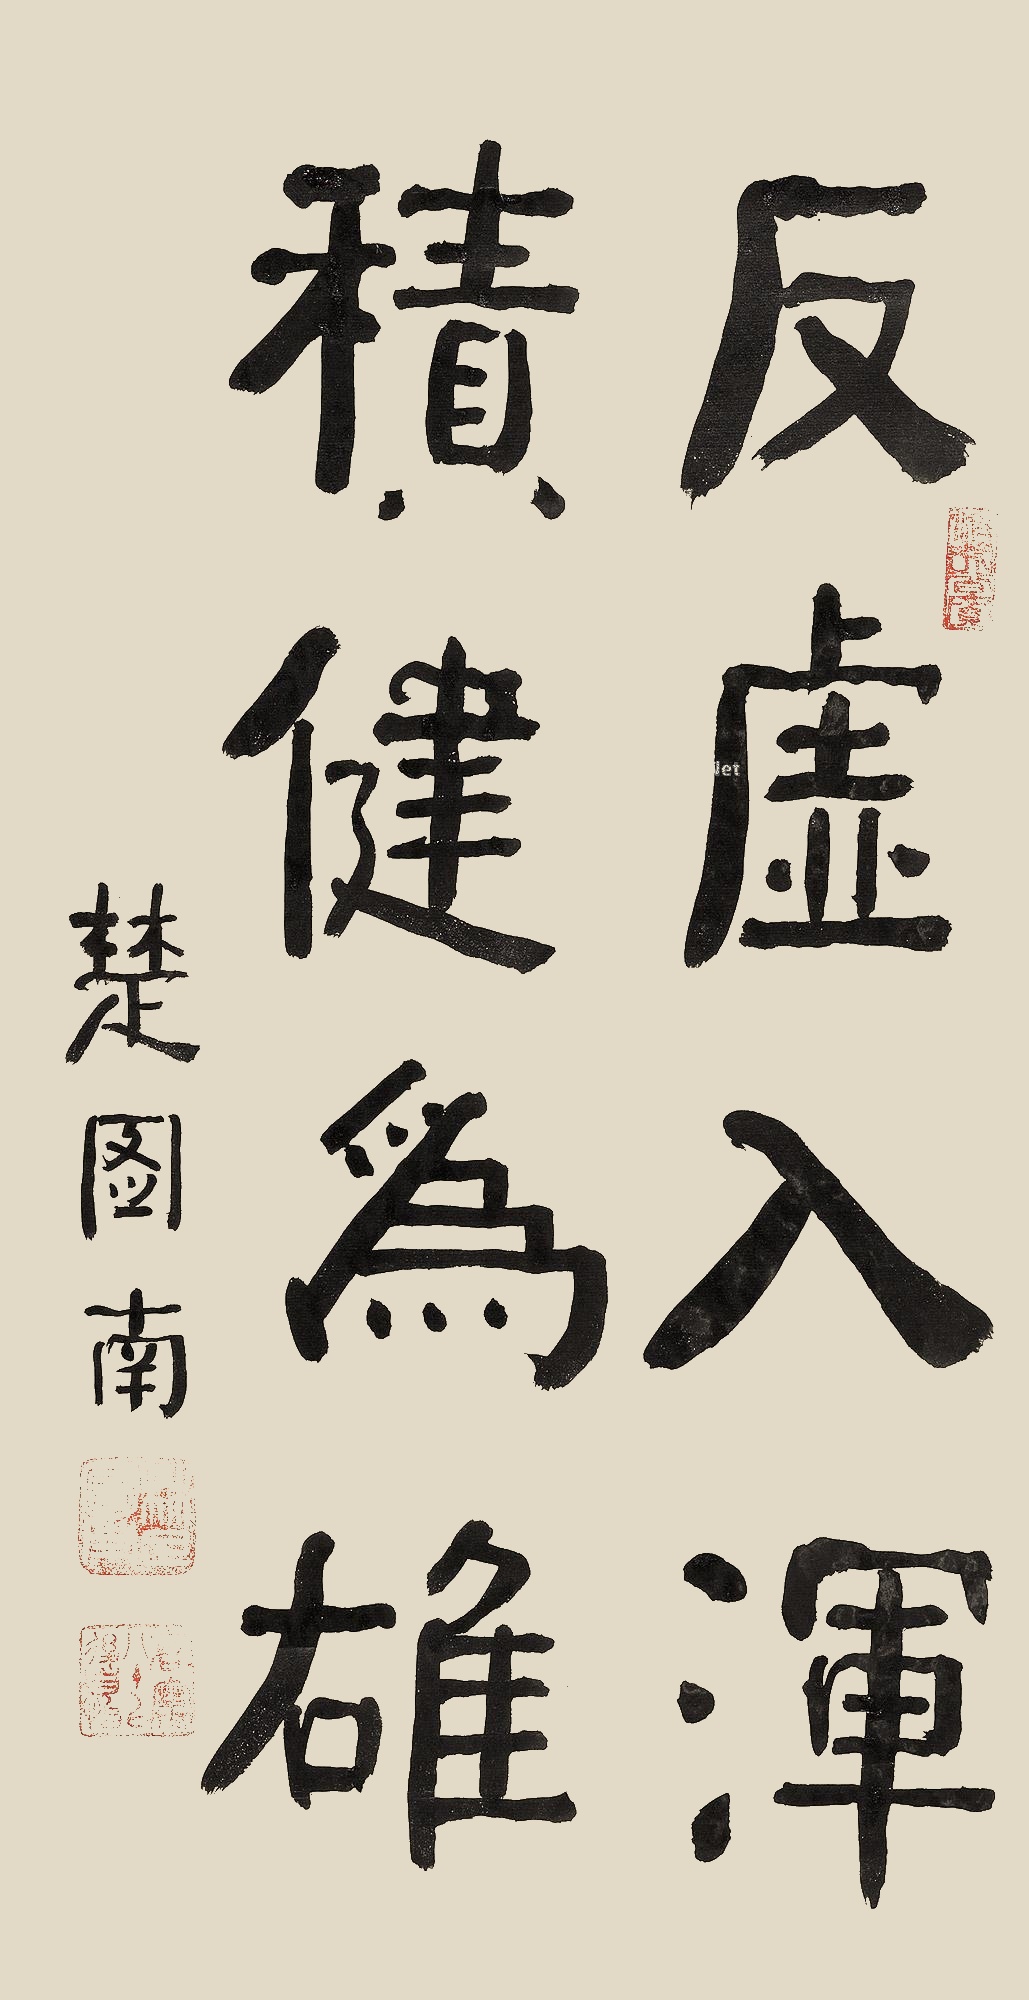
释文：反虚入浑，积健为雄楚图南。